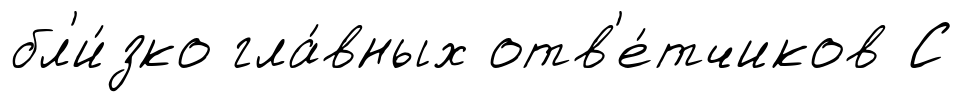
бл'и́зко гла́вных отв'е́тчиков С